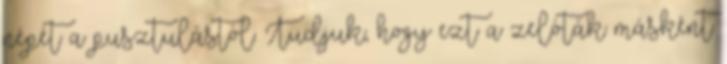
népét a pusztulástól. Tudjuk, hogy ezt a zelóták másként